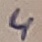
Text: 4